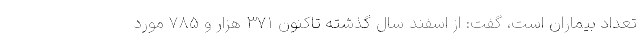
تعداد بیماران است، گفت: از اسفند سال گذشته تاکنون ۳۷۱ هزار و ۷۸۵ مورد